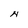
Character: N